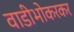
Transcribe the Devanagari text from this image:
वाडीभोकरकर